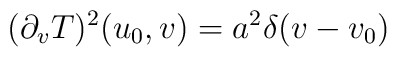
(\partial_v T)^2 (u_0, v) = a^2 \delta (v - v_0)